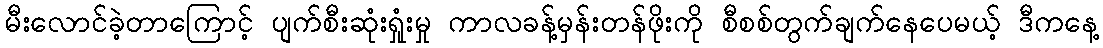
မီးလောင်ခဲ့တာကြောင့် ပျက်စီးဆုံးရှုံးမှု ကာလခန့်မှန်းတန်ဖိုးကို စီစစ်တွက်ချက်နေပေမယ့် ဒီကနေ့